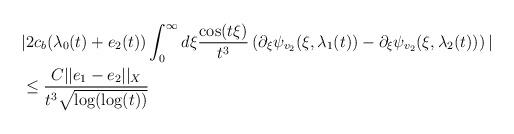
LaTeX: \begin{align*}&|2c_{b}(\lambda_{0}(t)+e_{2}(t))\int_{0}^{\infty} d\xi \frac{\cos(t\xi)}{t^{3}}\left(\partial_{\xi}\psi_{v_{2}}(\xi,\lambda_{1}(t))-\partial_{\xi}\psi_{v_{2}}(\xi,\lambda_{2}(t))\right)|\\&\leq \frac{C ||e_{1}-e_{2}||_{X}}{t^{3}\sqrt{\log(\log(t))}}\end{align*}